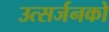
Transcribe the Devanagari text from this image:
उत्सर्जनको